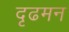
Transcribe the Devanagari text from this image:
दृढमन